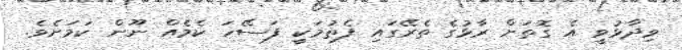
ވިދާޅުވީ އެ ގޮތަށް ރާޅުގެ ތެރޭގައި ފެތުމަކީ ފަސޭހަ ކެމެއް ނޫން ކަމަށެވެ.